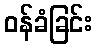
ဝန်ခံခြင်း